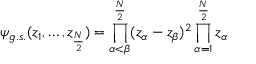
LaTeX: \psi _ { g . s . } ( z _ { 1 } , \ldots , z _ { \frac { N } { 2 } } ) = \prod _ { \alpha < \beta } ^ { \frac { N } { 2 } } ( z _ { \alpha } - z _ { \beta } ) ^ { 2 } \prod _ { \alpha = 1 } ^ { \frac { N } { 2 } } z _ { \alpha }